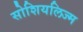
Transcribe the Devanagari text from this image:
सोशियलिज्म